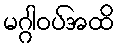
မဂ္ဂါဝပ်အထိ